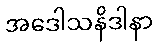
အဒေါသနိဒါနာ